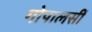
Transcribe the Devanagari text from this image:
गोपालसीं